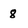
Character: 8